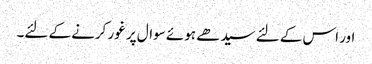
اور اس کے لئے سیدھے ہوئے سوال پر غور کرنے کے لئے۔